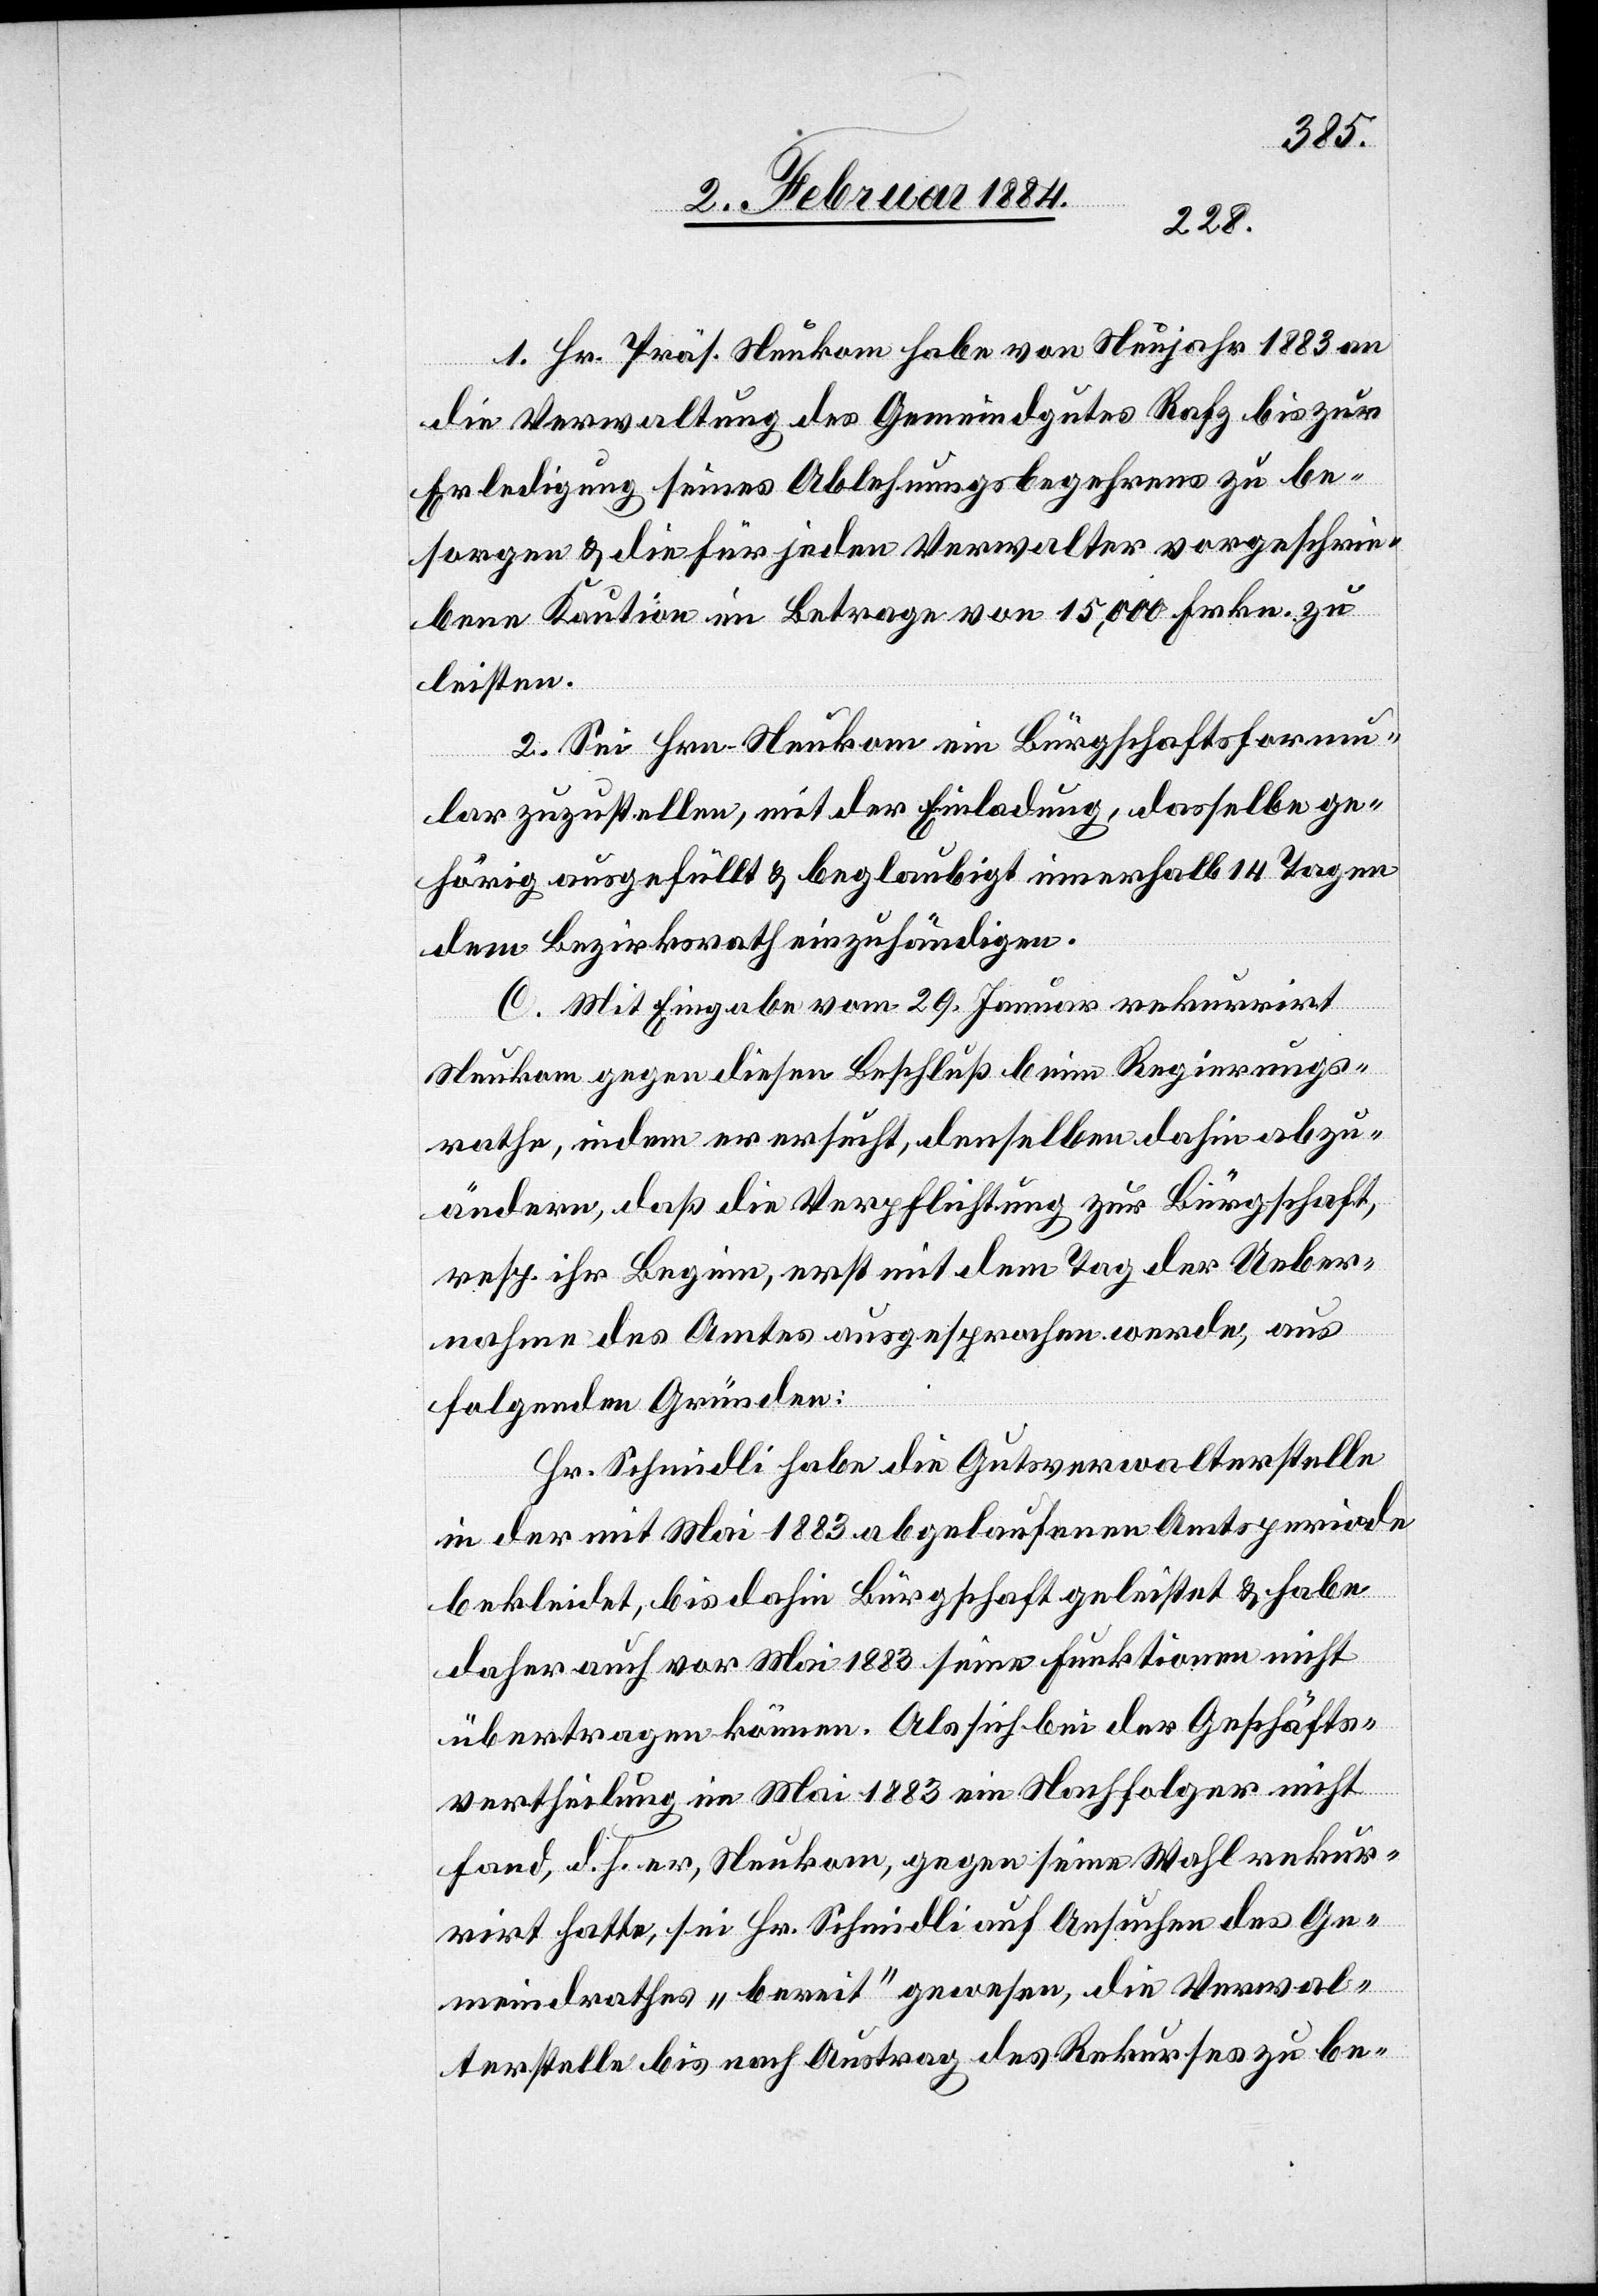
1. Hr. Präs. Neukom habe von Neujahr 1883 an
die Verwaltung des Gemeindegutes Rafz bis zur
Erledigung seines Ablehnungsbegehrens zu be¬
sorgen & die für jeden Verwalter vorgeschrie¬
bene Kaution im Betrage von 15,000 Frkn. zu
leisten.
2. Sei Hrn. Neukom ein Bürgschaftsformu¬
lar zuzustellen, mit der Einladung, dasselbe ge¬
hörig ausgefüllt & beglaubigt innerhalb 14 Tagen
dem Bezirksrath einzuhändigen.
C. Mit Eingabe vom 19. Januar rekurrirt
Neukom gegen diesen Beschluß beim Regierungs¬
rathe, indem er ersucht, denselben dahin abzu¬
ändern, daß die Verpflichtung zur Bürgschaft,
resp. ihr Beginn, erst mit dem Tag der Ueber¬
nahme des Amtes ausgesprochen werde, aus
folgenden Gründen:
Hr. Schmidli habe die Gutsverwalterstelle
in der mit Mai 1883 abgelaufenen Amtsperiode
bekleidet, bis dahin Bürgschaft geleistet & habe
daher auch vor Mai 1883 seine Funktion nicht
übertragen können. Als sich bei der Geschäfts¬
vertheilung im Mai 1883 ein Nachfolger nicht
fand, d. h. er, Neukom, gegen seine Wahl rekur¬
rirt hatte, sei Hr. Schmidli auf Ansuchen des Ge¬
meindrathes „bereit“ gewesen, die Verwal¬
terstelle bis nach Austrag des Rekurses zu be-